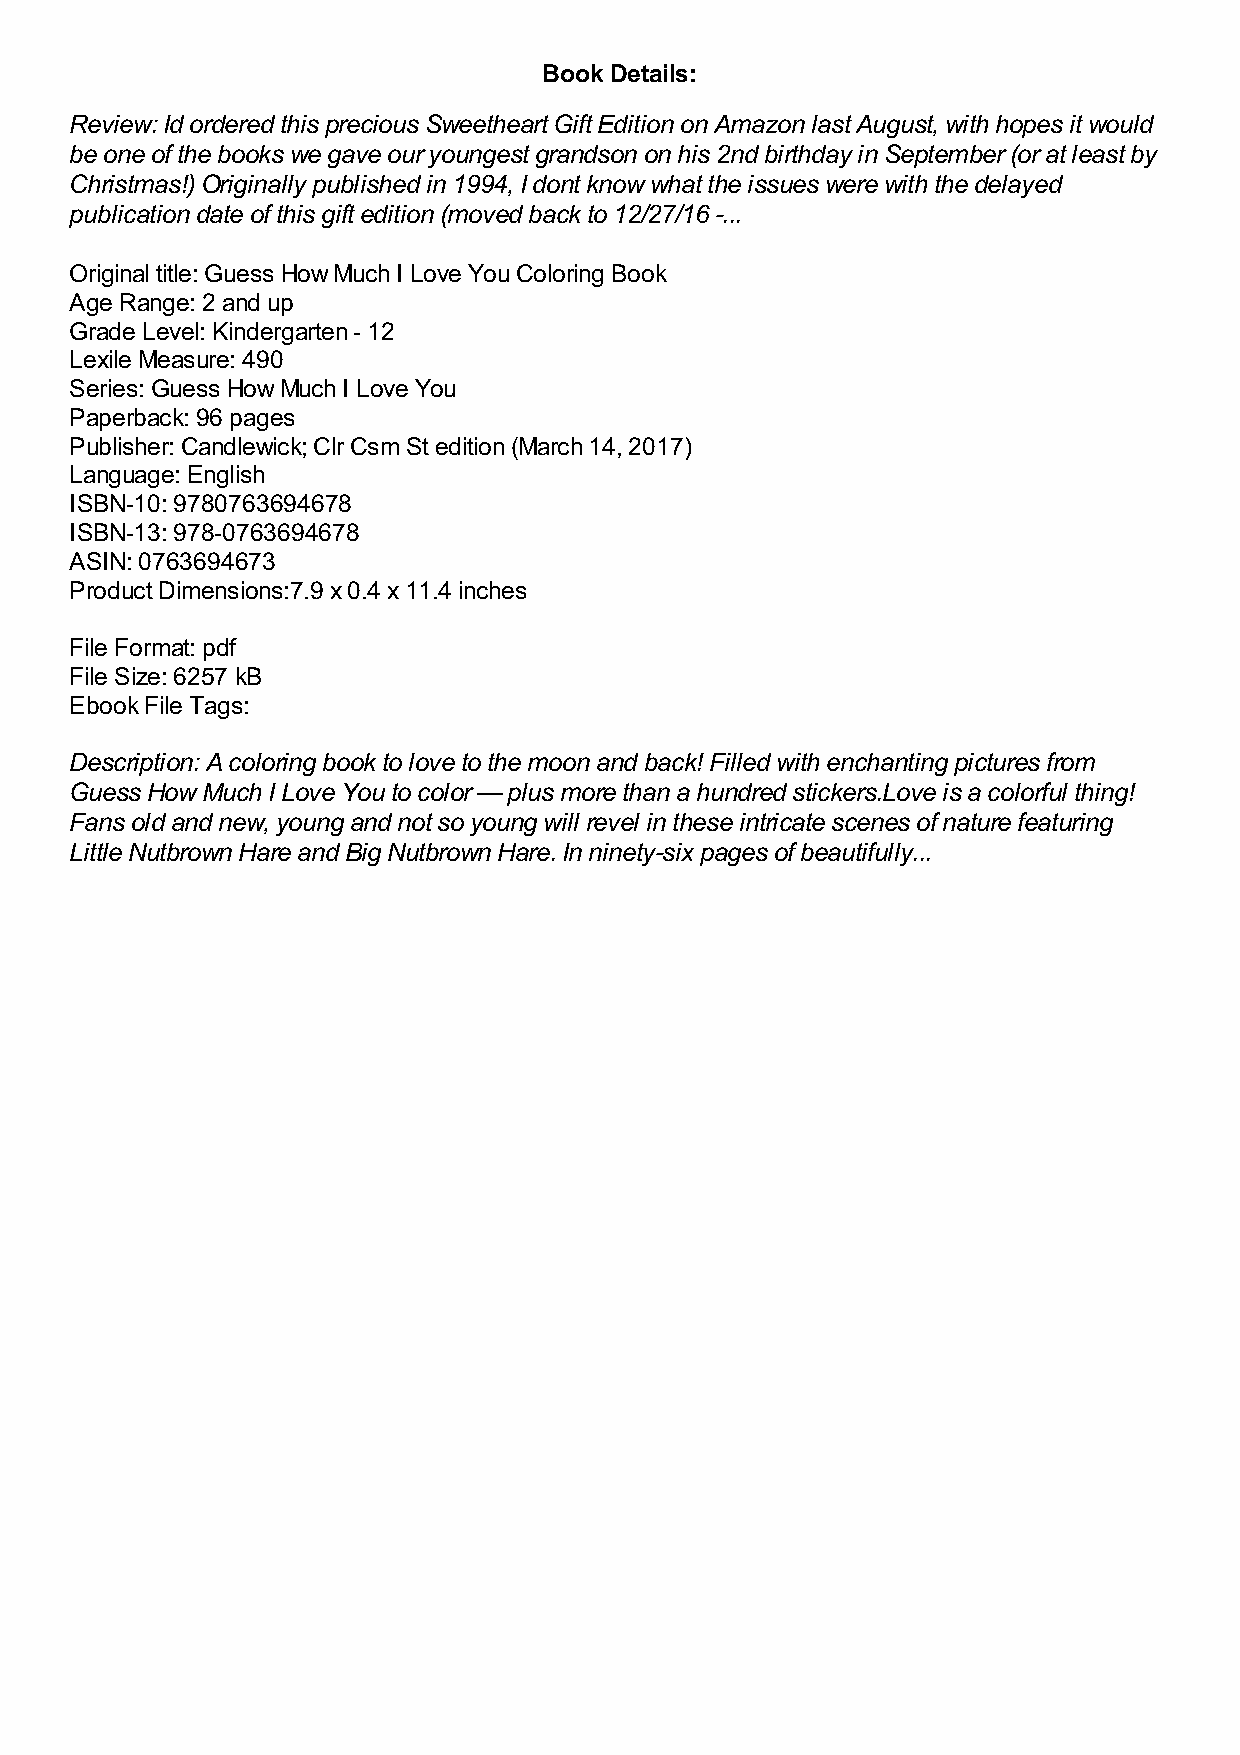
Book Details:
 Review: Id ordered this precious Sweetheart Gift Edition on Amazon last August, with hopes it would
 be one of the books we gave our youngest grandson on his 2nd birthday in September (or at least by
 Christmas!) Originally published in 1994, I dont know what the issues were with the delayed
 publication date of this gift edition (moved back to 12/27/16 -...
 Original title: Guess How Much I Love You Coloring Book
 Age Range: 2 and up
 Grade Level: Kindergarten - 12
 Lexile Measure: 490
 Series: Guess How Much I Love You
 Paperback: 96 pages
 Publisher: Candlewick; Clr Csm St edition (March 14, 2017)
 Language: English
 ISBN-10: 9780763694678
 ISBN-13: 978-0763694678
 ASIN: 0763694673
 Product Dimensions:7.9 x 0.4 x 11.4 inches
 File Format: pdf
 File Size: 6257 kB
 Ebook File Tags:
 Description: A coloring book to love to the moon and back! Filled with enchanting pictures from
 Guess How Much I Love You to color — plus more than a hundred stickers.Love is a colorful thing!
 Fans old and new, young and not so young will revel in these intricate scenes of nature featuring
 Little Nutbrown Hare and Big Nutbrown Hare. In ninety-six pages of beautifully...